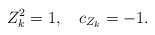
\begin{align*} Z^{2}_{k}=1,\quad c_{Z_{k}}=-1 .\end{align*}